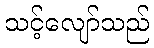
သင့်လျော်သည်